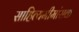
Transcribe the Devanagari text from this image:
साहित्यमीमांसक